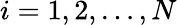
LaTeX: i=1,2,\dots,N